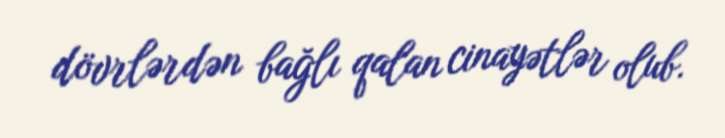
dövrlərdən bağlı qalan cinayətlər olub.